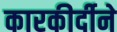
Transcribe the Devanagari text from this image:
कारकीर्दीने